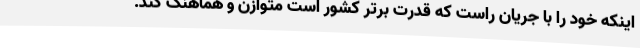
اینکه خود را با جریان راست که قدرت برتر کشور است متوازن و هماهنگ کند.